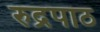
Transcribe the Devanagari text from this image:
रुद्रपाठ